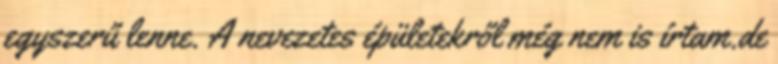
egyszerű lenne. A nevezetes épületekről még nem is írtam.de